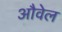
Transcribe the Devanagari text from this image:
औवेल